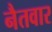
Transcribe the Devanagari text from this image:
नैतवार